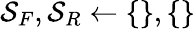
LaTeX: \mathcal{S}_{F},\mathcal{S}_{R}\gets\{ \} ,\{ \}